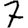
Digit: 7